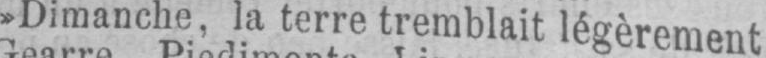
»Dimanche, la terre tremblait légèrement